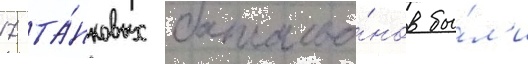
17 та́нковых батальо́нов бы́л'и